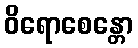
ဝိရောစေန္တော